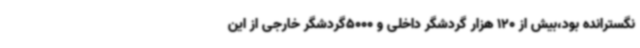
نگسترانده بود،بیش از 120 هزار گردشگر داخلی و 5000گردشگر خارجی از این